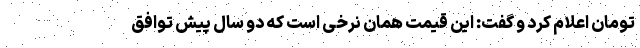
تومان اعلام کرد و گفت: این قیمت همان نرخی است که دو سال پیش توافق